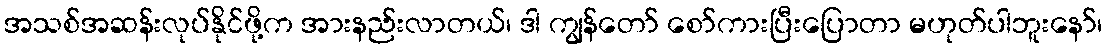
အသစ်အဆန်းလုပ်နိုင်ဖို့က အားနည်းလာတယ်၊ ဒါ ကျွန်တော် စော်ကားပြီးပြောတာ မဟုတ်ပါဘူးနော်၊